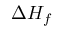
\Delta H _ { f }